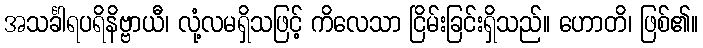
အသင်္ခါရပရိနိဗ္ဗာယီ၊ လုံ့လမရှိသဖြင့် ကိလေသာ ငြိမ်းခြင်းရှိသည်။ ဟောတိ၊ ဖြစ်၏။